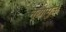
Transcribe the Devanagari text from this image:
नद्यामुळे